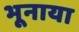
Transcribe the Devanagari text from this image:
भूनाया